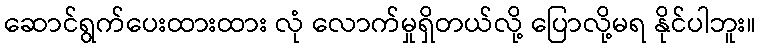
ဆောင်ရွက်ပေးထားထား လုံ လောက်မှုရှိတယ်လို့ ပြောလို့မရ နိုင်ပါဘူး။